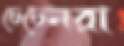
চেচেনরা